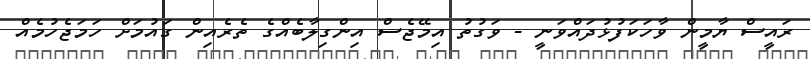
ރައީސް ޔާމީން ވާހަކަފުޅުދައްވަނީ - ވަގުތު އިމޭޖެސް އިންގިލާބެއްގެ ތެރެއިން ގައުމަށް ހަމަޖެހުމެއް